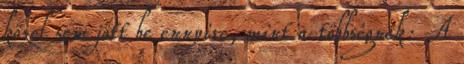
közel sem jött be ennyire, mint a többségnek: A